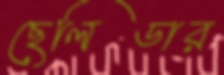
ছেলিডার